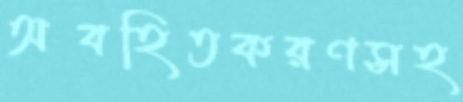
অবহিতকরণসহ